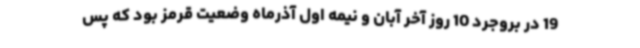
19 در بروجرد 10 روز آخر آبان و نیمه اول آذرماه وضعیت قرمز بود که پس